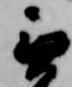
無